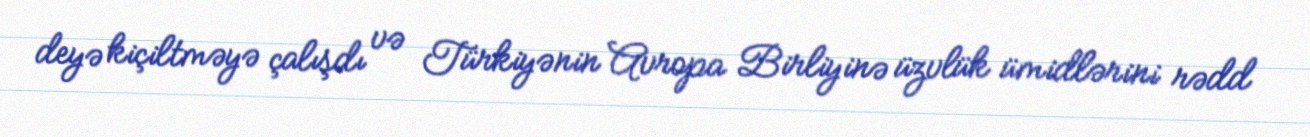
deyə kiçiltməyə çalışdı və Türkiyənin Avropa Birliyinə üzvlük ümidlərini rədd